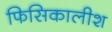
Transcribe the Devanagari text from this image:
फिसिकालीश